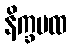
နိက္ခမထ